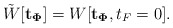
\begin{align*}\tilde{W}[{\bf t_\Phi}] = W[{\bf t_\Phi}, t_F = 0].\end{align*}